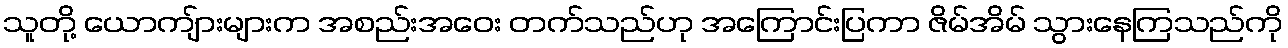
သူတို့ ယောကျ်ားများက အစည်းအဝေး တက်သည်ဟု အကြောင်းပြကာ ဇိမ်အိမ် သွားနေကြသည်ကို